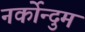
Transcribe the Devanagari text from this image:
नर्कोन्दुम